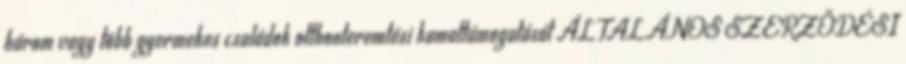
három vagy több gyermekes családok otthonteremtési kamattámogatását ÁLTALÁNOS SZERZŐDÉSI